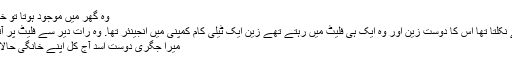
وہ گھر میں موجود ہوتا تو خاموش رہتا یا پھر← مزید پڑھیے
وہ ہر روز آٹھ بجے دفتر کے لیے نکلتا تھا اس کا دوست زین اور وہ ایک ہی فلیٹ میں رہتے تھے زین ایک ٹیلی کام کمپنی میں انجینئر تھا. وہ رات دیر سے فلیٹ پر آتا اور صبح تاخیر← مزید پڑھیے
میرا جگری دوست اسد آج کل اپنے خانگی حالات کی وجہ سے بہت پریشان ہے۔